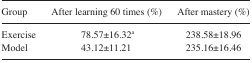
<table><thead><tr><td><b>Group</b></td><td><b>After learning 60 times (%)</b></td><td><b>After mastery (%)</b></td></tr></thead><tbody><tr><td>Exercise</td><td>78.57±16.32a</td><td>238.58±18.96</td></tr><tr><td>Model</td><td>43.12±11.21</td><td>235.16±16.46</td></tr></tbody></table>